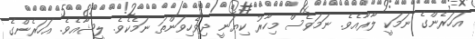
އަހަރެންގެ ނަމަކީ ލާރާއެވެ. ނަމަވެސް މިހާރު ކިޔަނީ ދިވެހިވަންތަ ނަމެކެވެ. ލީޝާއެވެ. އަހަރެންގެ